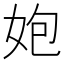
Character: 㚿